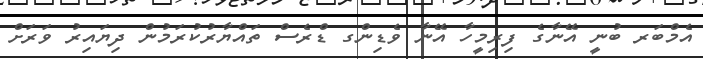
އެމްބަރ ބުނީ އޭނާގެ ފިރިމީހާ އޭނާ ވެޑިންގ ޑްރެސް ތައްޔާރުކުރަމުން ދިޔައިރު ވަރަށް